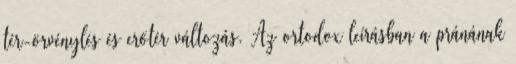
tér-örvénylés és erőtér változás. Az ortodox leírásban a pránának